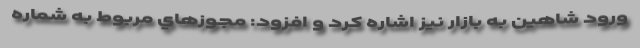
ورود شاهین به بازار نیز اشاره کرد و افزود: مجوزهاي مربوط به شماره